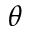
\theta